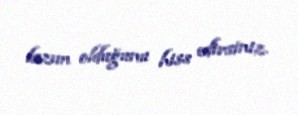
lazım olduğunu hiss edirsiniz.